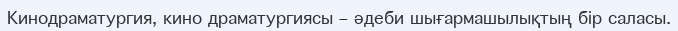
Кинодраматургия, кино драматургиясы – әдеби шығармашылықтың бір саласы.